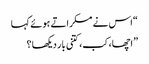
“اس نے مسکراتے ہوئے کہا
” اچھا، کب، کتنی بار دیکھا ؟